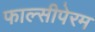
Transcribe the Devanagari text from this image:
फाल्सीपेरम